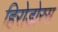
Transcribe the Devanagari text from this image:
हिरोडोरस